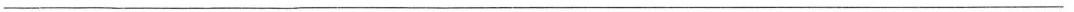
___